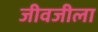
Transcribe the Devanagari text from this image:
जीवजीला